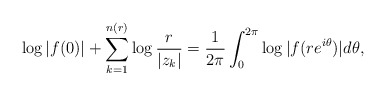
\begin{align*}\log|f(0)|+\sum^{n(r)}_{k=1}\log{\frac{r}{|z_k|}}=\frac{1}{2\pi}\int^{2\pi}_0\log{|f(re^{i\theta})|d \theta},\end{align*}